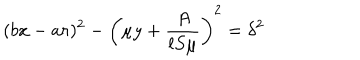
( b x - a r ) ^ { 2 } - \left( \mu y + \frac { A } { l S \mu } \right) ^ { 2 } = \delta ^ { 2 }